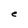
Character: e